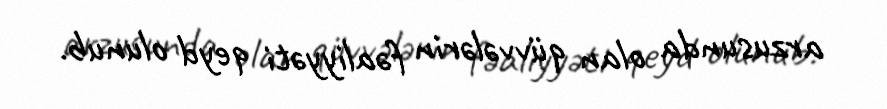
arzusunda olan qüvvələrin fəaliyyəti qeyd olunub.